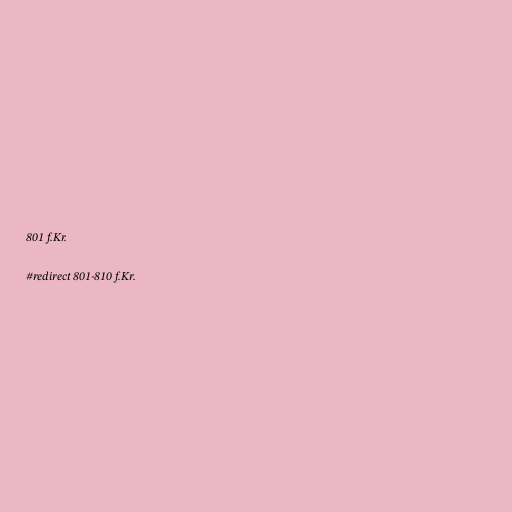
801 f.Kr.

#redirect 801-810 f.Kr.